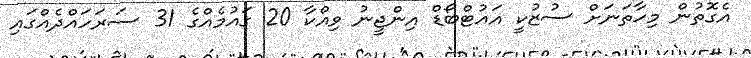
އެގޮތުން މިހާތަނަށް ސުޒުކީ އައުޓްބޯޑް އިންޖީނު ވިއްކާ 20 ގައުމެއްގެ 31 ސަރަހައްދެއްގައި